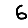
Digit: 6